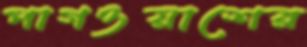
পাগওয়াশের